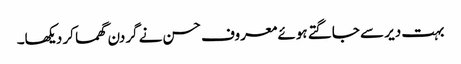
بہت دیر سے جاگتے ہوئے معروف حسن نے گردن گھما کر دیکھا۔